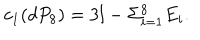
c _ { 1 } ( d P _ { 8 } ) = 3 l - \Sigma _ { i = 1 } ^ { 8 } E _ { i } .